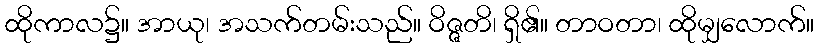
ထိုကာလ၌။ အာယု၊ အသက်တမ်းသည်။ ဝိဇ္ဇတိ၊ ရှိ၏။ တာဝတာ၊ ထိုမျှလောက်။